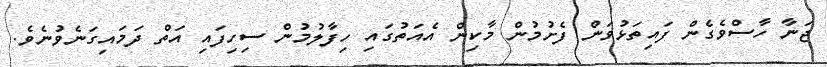
ޖަނާ ހާސްވެގެން ފައިތަޅުވަން ފެށުމުން މާކިން އެއަތުގައި ހިފާލުމުން ސިހިފައި އަތް ދަމައިގަނެވުނެވެ.